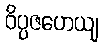
ဝိပ္ပဇဟေယျ